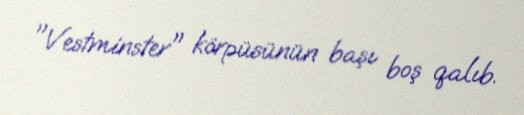
"Vestminster" körpüsünün başı boş qalıb.